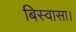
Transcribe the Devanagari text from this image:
बिस्वासा।